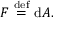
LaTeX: F \ { \stackrel { \mathrm { d e f } } { = } } \ \mathrm { d } A .